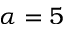
\alpha = 5